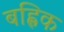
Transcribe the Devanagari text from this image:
बह्लिक